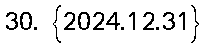
30. {2024.12.31}